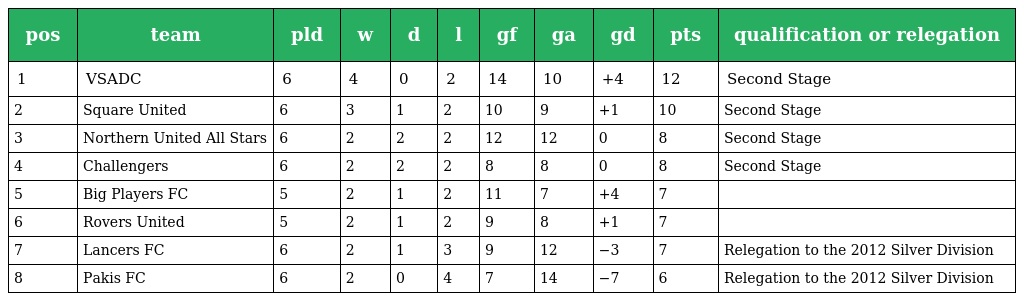
| pos | team | pld | w | d | l | gf | ga | gd | pts | qualification or relegation |
 | --- | --- | --- | --- | --- | --- | --- | --- | --- | --- | --- |
 | 1 | VSADC | 6 | 4 | 0 | 2 | 14 | 10 | +4 | 12 | Second Stage |
 | 2 | Square United | 6 | 3 | 1 | 2 | 10 | 9 | +1 | 10 | Second Stage |
 | 3 | Northern United All Stars | 6 | 2 | 2 | 2 | 12 | 12 | 0 | 8 | Second Stage |
 | 4 | Challengers | 6 | 2 | 2 | 2 | 8 | 8 | 0 | 8 | Second Stage |
 | 5 | Big Players FC | 5 | 2 | 1 | 2 | 11 | 7 | +4 | 7 |  |
 | 6 | Rovers United | 5 | 2 | 1 | 2 | 9 | 8 | +1 | 7 |  |
 | 7 | Lancers FC | 6 | 2 | 1 | 3 | 9 | 12 | −3 | 7 | Relegation to the 2012 Silver Division |
 | 8 | Pakis FC | 6 | 2 | 0 | 4 | 7 | 14 | −7 | 6 | Relegation to the 2012 Silver Division |